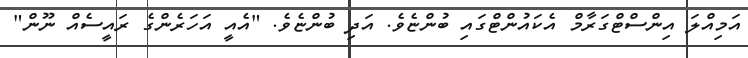
އަމިއްލަ އިންސްޓްގަރާމް އެކައުންޓްގައި ބުންޏެވެ. އަދި ބުންޏެވެ. "އެއީ އަހަރެންގެ ރައީސެއް ނޫން"